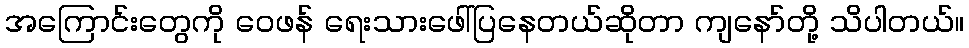
အကြောင်းတွေကို ဝေဖန် ရေးသားဖေါ်ပြနေတယ်ဆိုတာ ကျနော်တို့ သိပါတယ်။